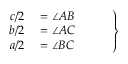
\left. \begin{array} { r l } { c / 2 } & { { } = \angle A B } \\ { b / 2 } & { { } = \angle A C } \\ { a / 2 } & { { } = \angle B C \phantom { Z Z Z Z } } \end{array} \right\}